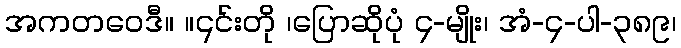
အကတဝေဒီ။ ။၎င်းတို ၊ပြောဆိုပုံ ၄-မျိုး၊ အံ-၄-ပါ-၃၈၉၊